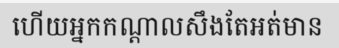
ហើយអ្នកកណ្តាលសឹងតែអត់មាន